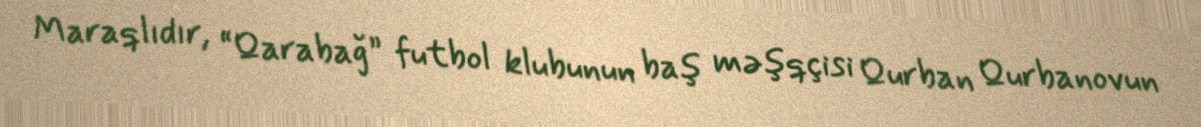
Maraqlıdır, “Qarabağ” futbol klubunun baş məşqçisi Qurban Qurbanovun